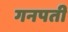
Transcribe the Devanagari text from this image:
गनपती